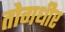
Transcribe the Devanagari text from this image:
तोगधीर